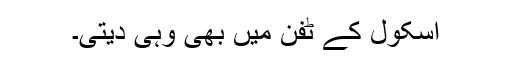
اسکول کے ٹفن میں بھی وہی دیتی۔